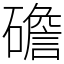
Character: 䃫